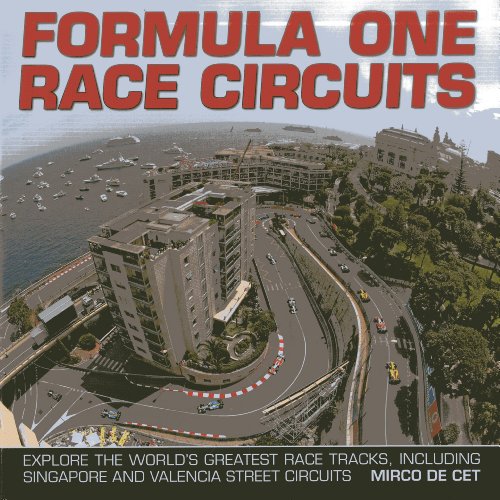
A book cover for Formula One Race Circuits: Explore the World's Greatest Race Tracks, Including Singapore and Valencia Street Circuits; Mirco de Cet; Engineering & Transportation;